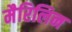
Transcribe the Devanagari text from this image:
मैरिलिन